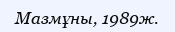
Мазмұны, 1989ж.